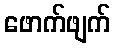
ဖောက်ဖျက်